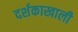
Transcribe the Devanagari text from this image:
दर्शकाखाली